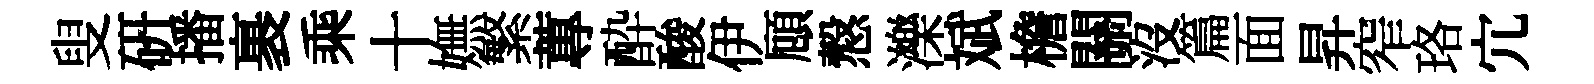
叟硏播裹乘十嫵繁蓴酔酸伊頋慤濼斌檐關沒篇面昇窄珞宂